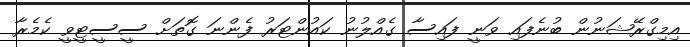
އިމިގްރޭޝަނުން ބުނެފައި ވަނީ ފައިސާ ގެއްލުނު ކައުންޓަރު ފެންނަ ގޮތަށް ސީސީޓީވީ ކެމެރާ